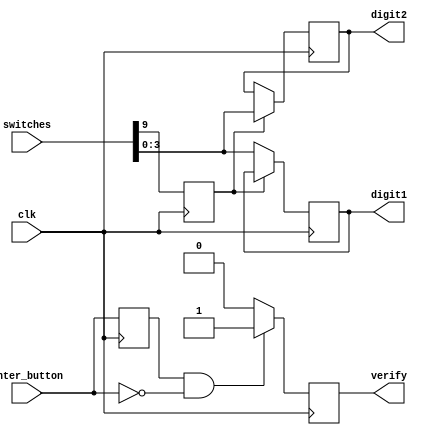
module input_handling(
    input clk,                   // System clock
    input [9:0] switches,        // Switches for user input
    input enter_button,          // Active-low button to enter/verify the answer
    output reg [3:0] digit1,     // First digit of the answer
    output reg [3:0] digit2,     // Second digit of the answer
    output reg verify            // Signal to trigger answer verification
);

    reg toggle_state = 0;        // Toggle state for switching between digit1 and digit2
    reg enter_button_prev = 1;   // Previous state of the enter button (initialized to high)

    // Toggle input digit selection with the 10th switch
    always @(posedge clk) begin
        toggle_state <= switches[9];

        // Capture the input based on the toggle state
        if (toggle_state) begin
            digit2 <= switches[3:0]; // Update digit2 when toggle_state is high
        end else begin
            digit1 <= switches[3:0]; // Update digit1 when toggle_state is low
        end

        // Detect falling edge of the enter button (high-to-low transition)
        if (enter_button_prev && ~enter_button) begin
            verify <= 1; // Set verify signal on button press
        end else begin
            verify <= 0; // Reset verify signal
        end
        enter_button_prev <= enter_button; // Update the previous state
    end
endmodule